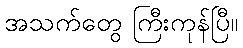
အသက်တွေ ကြီးကုန်ပြီ။